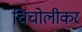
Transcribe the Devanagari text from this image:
चिंचोलीकर